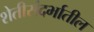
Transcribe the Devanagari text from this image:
शेतीसंदर्भातील